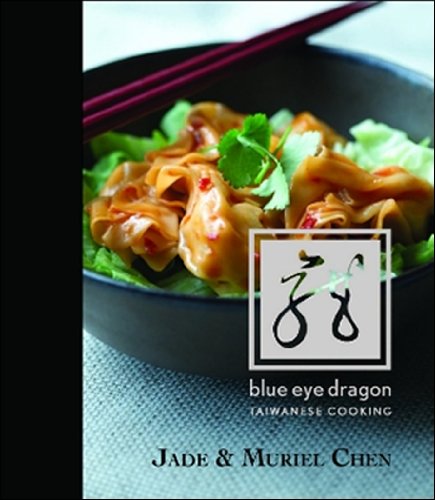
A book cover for Blue Eye Dragon; Jade Chen; Cookbooks, Food & Wine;